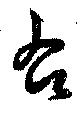
右